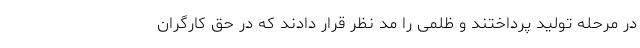
در مرحله تولید پرداختند و ظلمی را مد نظر قرار دادند که در حق کارگران